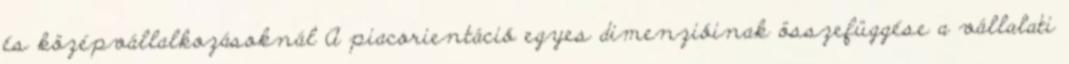
és középvállalkozásoknál A piacorientáció egyes dimenzióinak összefüggése a vállalati